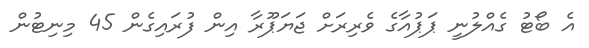
އެ ބޯޓު ގެއްލުނީ ޕަޕުއާގެ ވެރިރަށް ޖަޔަޕޫރާ އިން ފުރައިގެން 45 މިނިޓުން